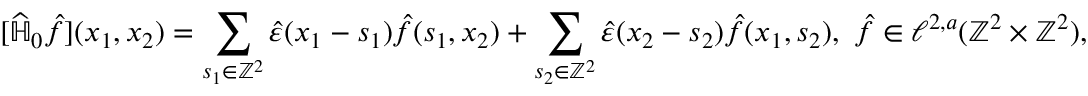
[ \widehat { \mathbb { H } } _ { 0 } \hat { f } ] ( x _ { 1 } , x _ { 2 } ) = \sum _ { s _ { 1 } \in \mathbb { Z } ^ { 2 } } \hat { \varepsilon } ( x _ { 1 } - s _ { 1 } ) \hat { f } ( s _ { 1 } , x _ { 2 } ) + \sum _ { s _ { 2 } \in \mathbb { Z } ^ { 2 } } \hat { \varepsilon } ( x _ { 2 } - s _ { 2 } ) \hat { f } ( x _ { 1 } , s _ { 2 } ) , \, \, \hat { f } \in \ell ^ { 2 , a } ( \mathbb { Z } ^ { 2 } \times \mathbb { Z } ^ { 2 } ) ,